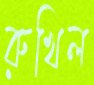
রুখিল